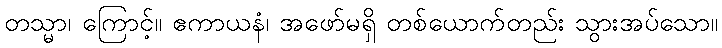
တသ္မာ၊ ကြောင့်။ ဧကာယနံ၊ အဖော်မရှိ တစ်ယောက်တည်း သွားအပ်သော။